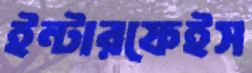
ইন্টারফেইস